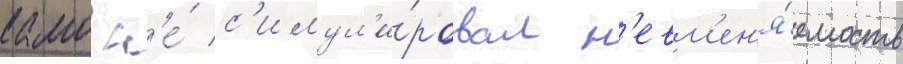
камо н'е́ с'имул'и́ровал н'евм'ен'я́емость